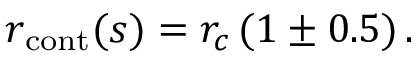
r _ { \mathrm { c o n t } } ( s ) = r _ { c } \, ( 1 \pm 0 . 5 ) \, .